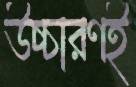
উচ্চারণই